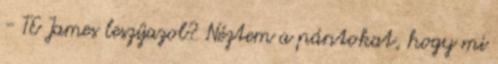
- TE James leszíjazol? Néztem a pántokat, hogy mi